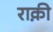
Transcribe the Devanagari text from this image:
राक़ी